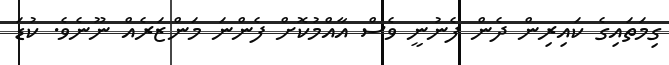
ގިމަތައިގެ ކައިރިން ދެން ފެނުނީ ވެސް އާއްމުކޮށް ފެންނަ މަންޒަރެއް ނޫނެވެ. ކުޑަ